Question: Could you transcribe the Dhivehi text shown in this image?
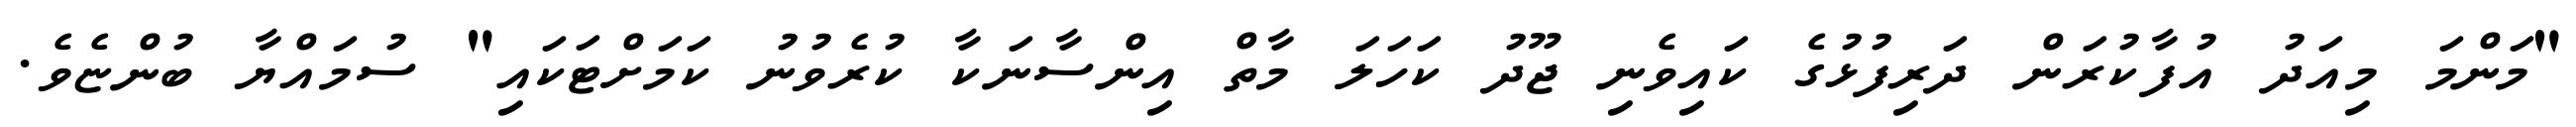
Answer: "މަންމަ މިއަދު އުފާކުރަން ދަރިފުޅުގެ ކައިވެނި ޖޫދު ކަހަލަ މާތް އިންސާނަކާ ކުރެވުނު ކަމަށްޓަކައި" ސުމައްޔާ ބުންޏެވެ.